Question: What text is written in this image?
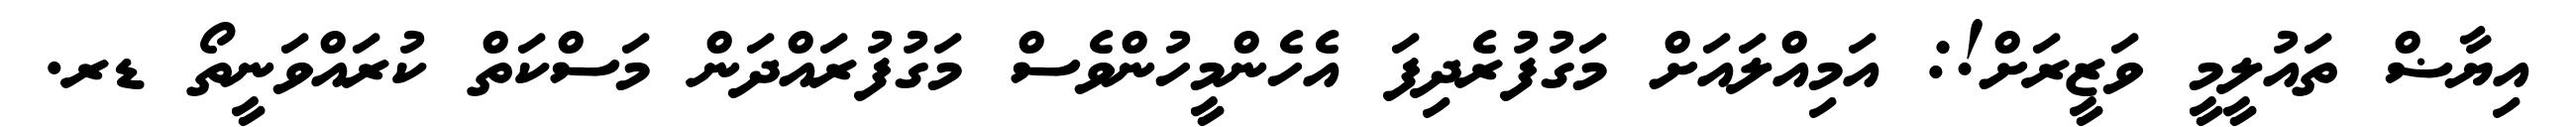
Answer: އިޔާޟް ތައުލީމީ ވަޒީރަށް!: އަމިއްލައަށް މަގުފުރެދިފަ އެހެންމީހުންވެސް މަގުފުރައްދަން މަސްކަތް ކުރައްވަނީތޯ ޑރ.